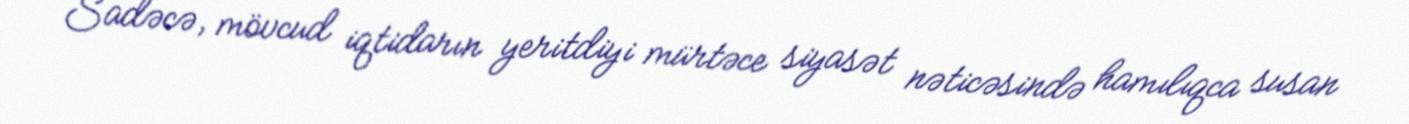
Sadəcə, mövcud iqtidarın yeritdiyi mürtəce siyasət nəticəsində hamılıqca susan